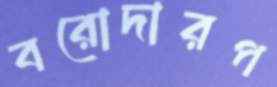
বরোদারপ